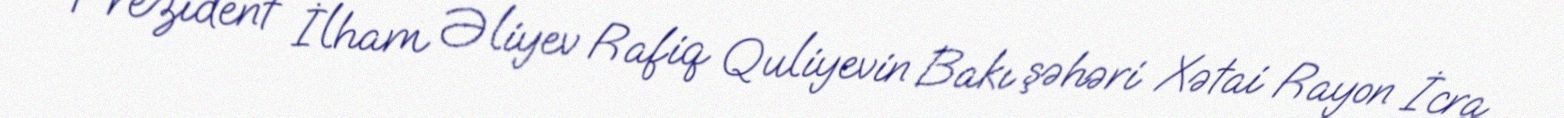
Prezident İlham Əliyev Rafiq Quliyevin Bakı şəhəri Xətai Rayon İcra